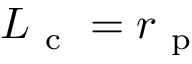
L _ { \mathrm { ~ c ~ } } = r _ { \mathrm { ~ p ~ } }